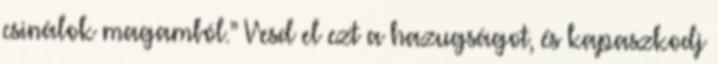
csinálok magamból.” Vesd el ezt a hazugságot, és kapaszkodj